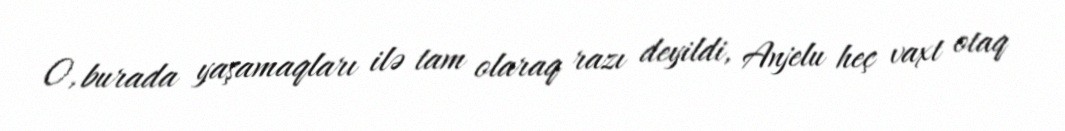
O, burada yaşamaqları ilə tam olaraq razı deyildi, Anjelu heç vaxt otaq